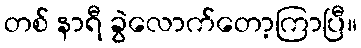
တစ် နာရီ ခွဲလောက်တော့ကြာပြီ။